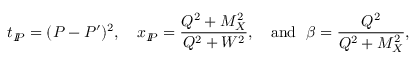
t _ { I \! \! P } = ( P - P ^ { \prime } ) ^ { 2 } , ~ ~ ~ x _ { I \! \! P } = \frac { Q ^ { 2 } + M _ { X } ^ { 2 } } { Q ^ { 2 } + W ^ { 2 } } , ~ ~ ~ \mathrm { a n d } ~ ~ \beta = \frac { Q ^ { 2 } } { Q ^ { 2 } + M _ { X } ^ { 2 } } ,